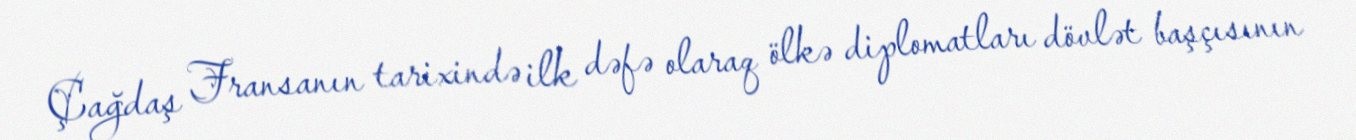
Çağdaş Fransanın tarixində ilk dəfə olaraq ölkə diplomatları dövlət başçısının